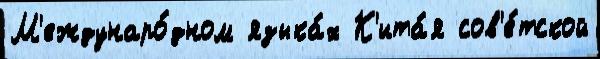
М'еждунаро́дном языка́х К'ита́я сов'е́тской